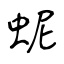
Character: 蚭